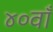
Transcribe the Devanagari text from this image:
४०वाँ